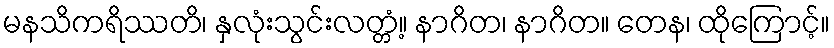
မနသိကရိဿတိ၊ နှလုံးသွင်းလတ္တံ့။ နာဂိတ၊ နာဂိတ။ တေန၊ ထိုကြောင့်။